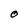
Character: O